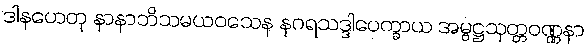
ဒါနဟေတု နာနာဘိသမယဝသေန နဂရသဒ္ဒါပေက္ခာယ အမ္ဗဋ္ဌသုတ္တဝဏ္ဏနာ